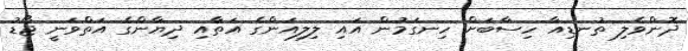
ދޮންވެލި ތުނޑިއާ ހިސާބަށް ހިނގަމުން އައި ލިލިއަންގެ އަތާއި ދިޔާންގެ އަތްވަނީ ޖޯޑު